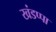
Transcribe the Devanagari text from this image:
खंडप्पा